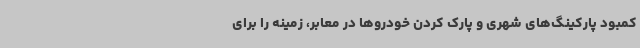
کمبود پارکینگ‌های شهری و پارک کردن خودروها در معابر، زمینه را برای